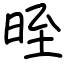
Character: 晊